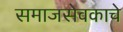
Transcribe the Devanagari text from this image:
समाजसेवकाचे